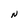
Character: N